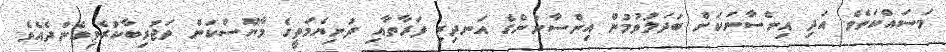
މަސައްކަތެވެ. އަދި އިންސާނަކަށް ބަދަލުވުމުން އިންސާނުންގެ އަނދިރި ފަރާތާއި ދުނިޔެމަތީގެ މާޔޫސްކަން ތަޖުރިބާކުރެވިގެންދެއެވެ.